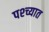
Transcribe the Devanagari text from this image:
पश्‍च्यात